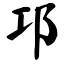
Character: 邛